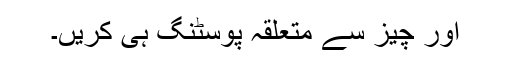
اور چیز سے متعلقہ پوسٹنگ ہی کریں۔